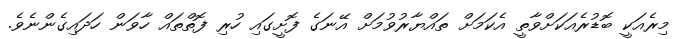
މިރެއަކީ ބޮޑުރެއަކަށްވާތީ އެކަމަށް ތައްޔާރުވުމަށް އޭނަގެ ފޮށީގައި ހުރި ފޮތްތައް ހާވަން ހަދައިގެންނެވެ.